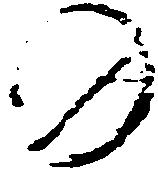
の